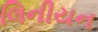
લિનીયન